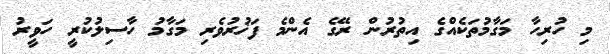
މި ހުރިހާ މަގާމުތަކެއްގެ އިތުރުން ރޭގެ އެންމެ ފަޚުރުވެރި މަގާމު ހާސިލުކުރީ ހަވީރު